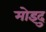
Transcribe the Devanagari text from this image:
मोइदु